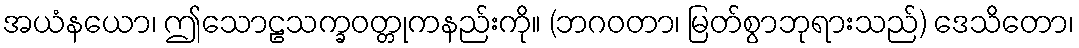
အယံနယော၊ ဤသောဠသက္ခဝတ္တုကနည်းကို။ (ဘဂဝတာ၊ မြတ်စွာဘုရားသည်) ဒေသိတော၊